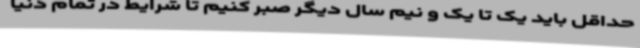
حداقل باید یک تا یک و نیم سال دیگر صبر کنیم تا شرایط در تمام دنیا